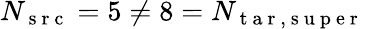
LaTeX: N_{\mathrm{~s~r~c~}}=5\neq 8=N_{\mathrm{~t~a~r~,~s~u~p~e~r~}}